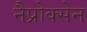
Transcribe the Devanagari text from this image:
नैप्रोक्सेन